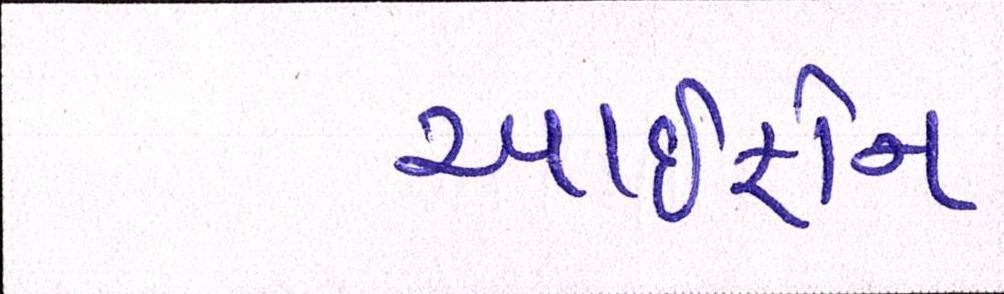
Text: આઇફોન